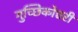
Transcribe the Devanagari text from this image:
गुच्छिकोत्तरी